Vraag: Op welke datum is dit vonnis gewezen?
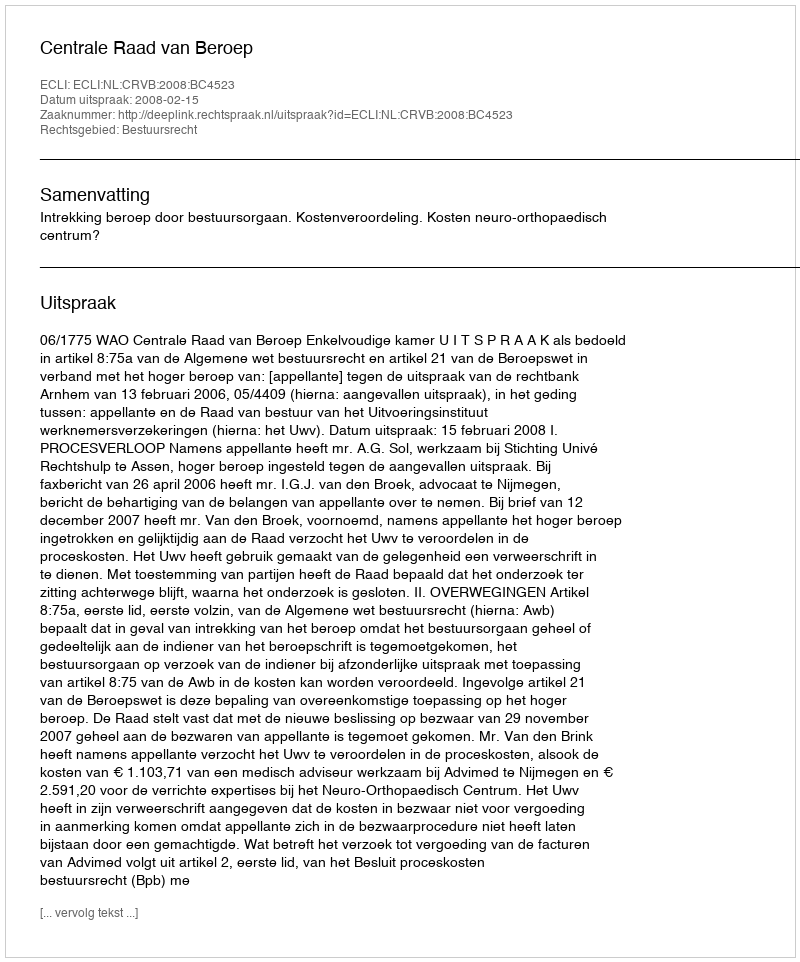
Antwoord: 2008-02-15